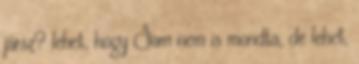
jársz? lehet, hogy Sam nem is mondta, de lehet,